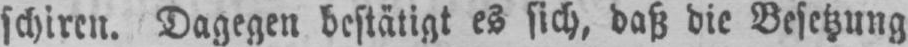
schiren. Dagegen bestätigt es sich, daß die Besetzung